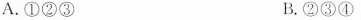
A.①②③ B.②③④